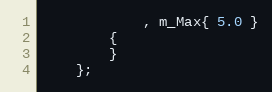
Language: C
            , m_Max{ 5.0 }
        {
        }
    };